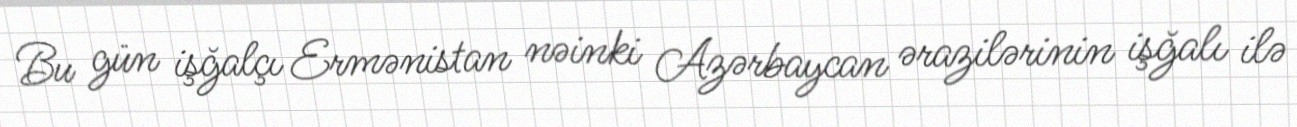
Bu gün işğalçı Ermənistan nəinki Azərbaycan ərazilərinin işğalı ilə